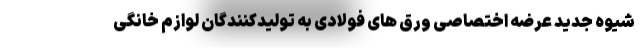
شیوه جدید عرضه اختصاصی ورق های فولادی به تولیدکنندگان لوازم خانگی